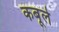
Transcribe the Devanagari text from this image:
कबूले